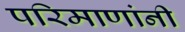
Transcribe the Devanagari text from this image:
परिमाणांनी